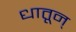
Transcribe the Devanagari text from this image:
धातून्